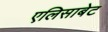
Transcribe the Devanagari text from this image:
एलिसाबेट